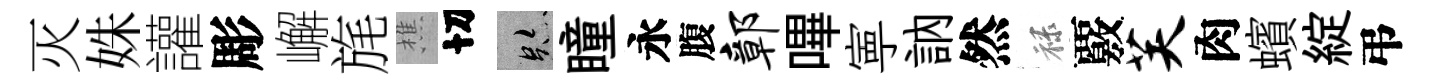
灭姝讙彫嶰旄樵切跡瞳永腹鄣嗶寕訥然禄覈芙肉蠙綻弔